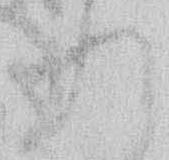
れ